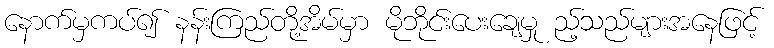
နောက်မှကပ်၍ နန်းကြည်တို့အိမ်မှာ မိုဘိုင်းပေးချေမှု ည့်သည်များအနေဖြင့်